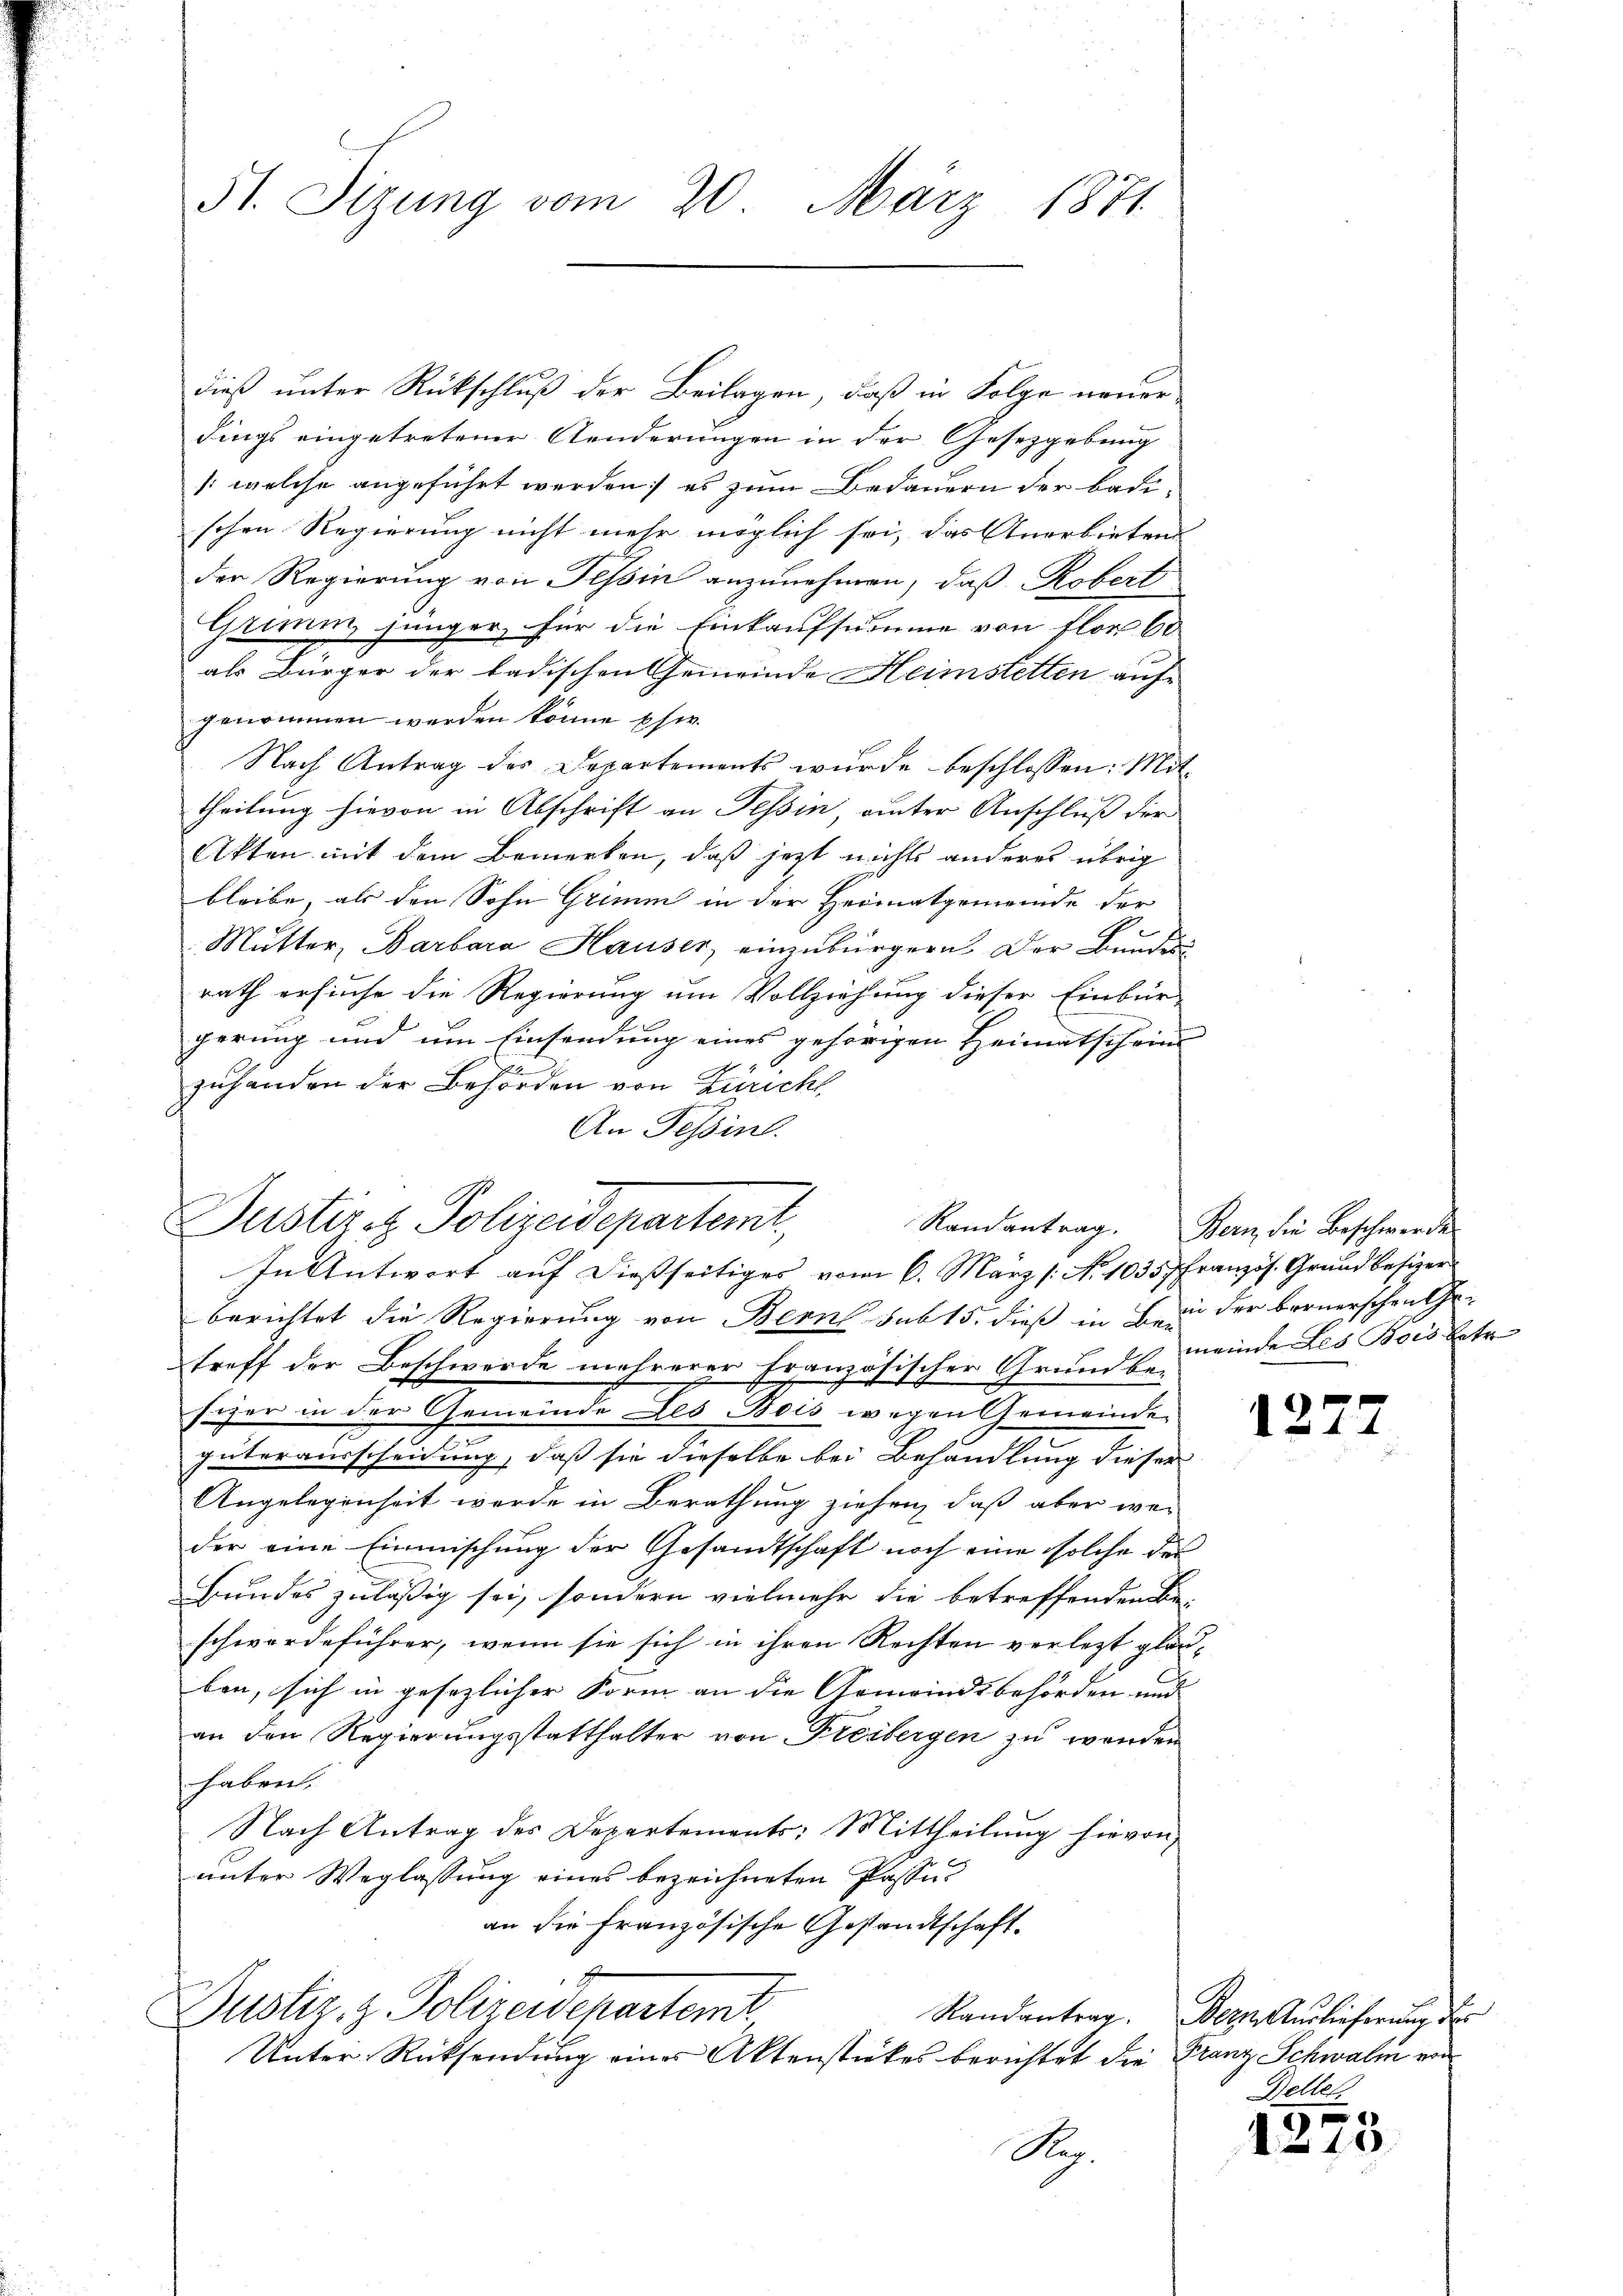
51. Sizung vom 20. März 1871

dieß unter Rückschluß der Beilagen, daß in Folge neuer
dings eingetretener Aenderungen in der Gesetzgebung
(welche angeführt werden; es zum Bedauern der badischen Regierung nicht mehr möglich sei, das Anerbieten
der Regierung von Tessin anzunehmen, daß Robert
Grimm jünger, für die Einkaufsumme von flor 60
als Bürger der badischen Gemeinde Heimstetten auf
genommen werden könne psw.
Nach Antrag des Departements wurde beschlossen: Mittheilung hievon in Abschrift an Tessin, unter Anschluß der
Akten mit dem Bemerken, daß jetzt nichts anderes übrig
bleibe, als den Sohn Grimm in der Heimatgemeinde der
Mutter, Barbara Hauser, einzubürgern. Der Bundes
rath ersuche die Regierung um Vollziehung dieser Einbür-
gerung und um Einsendung eines gehörigen Heimatschein
.
zuhanden der Behörden von Züricht
An Tessin.

Justiret. Polizeidepartemt,
In Antwort auf dießseitiges vom 6. März [No. 1035 Französ. Grundbesizer

berichtet die Regierung von Bern sub 15. dieß in Bei der bernerschen Getreff der Beschwerde mehrerer Französischer Grunds meinde Les Bois betr
syer in der Gemeinde Les Bois wegen Gemeinde
güterausscheidung, daß sie dieselbe bei Behandlung dieser |
Angelegenheit werde in Berathung ziehen, daß aber wei
der eine Einmischung der Gesandtschaft noch eine solche des
Bundes zuläßig sei, sondern vielmehr die betreffenden Be-
schwerdeführer, wenn sie sich in ihren Rechten verletzt glauben, sich in gesezlicher Form an die Gemeindsbehörden und
an den Regierungsstatthalter von Freibergen zu werden
haben.
Nach Antrag des Departements: Mittheilŭng hievon
unter Weglassung eines bezeichneten Passian die französische Gestandtschaft.
4
Justiz, z. Polizeidepartemt
Randantrag. Dern Auslieferung der
Unter Rücksendung einer Aktenstückes berichtet die Franz Schwalm von
Sep.

Randantrag. Bern die Beschwerde

127

.

Detler

10